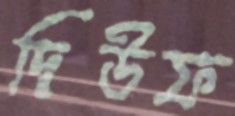
দিউফ